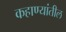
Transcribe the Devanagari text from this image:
कहाण्यांतील